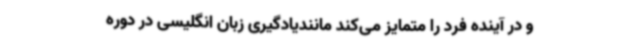
و در آینده فرد را متمایز می‌کند مانندیادگیری زبان انگلیسی در دوره